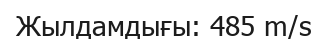
Жылдамдығы: 485 m/s